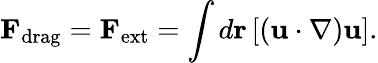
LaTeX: {\mathbf F}_{\mathrm{drag}}={\mathbf F}_{\mathrm{ext}}=\int d{\mathbf r}\left[({\mathbf u}\cdot\nabla){\mathbf u}\right].